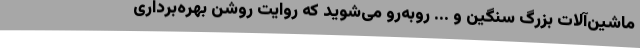
ماشین‌آلات بزرگ سنگین و ... روبه‌رو می‌شوید که روایت روشن بهره‌برداری